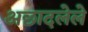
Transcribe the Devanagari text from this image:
अछादलेले